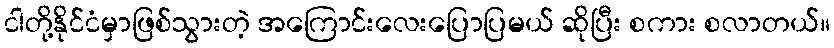
ငါတို့နိုင်ငံမှာဖြစ်သွားတဲ့ အကြောင်းလေးပြောပြမယ် ဆိုပြီး စကား စလာတယ်။